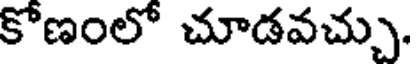
కోణంలో చూడవచ్చు.